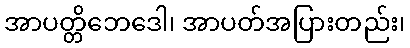
အာပတ္တိဘေဒေါ၊ အာပတ်အပြားတည်း၊